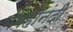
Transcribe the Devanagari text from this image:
भगहानंदी